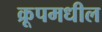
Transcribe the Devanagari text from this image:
क्रूपमधील